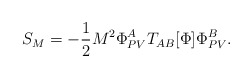
\begin{align*}S_M =-\frac{1}{2} M^2 \Phi^A_{PV} T_{AB} [\Phi] \Phi^B_{PV} . \end{align*}